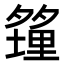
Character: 𪤿